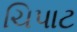
ચિપાટ